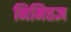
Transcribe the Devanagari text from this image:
निमित्तज्ञ